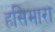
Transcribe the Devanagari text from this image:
हसिमारा